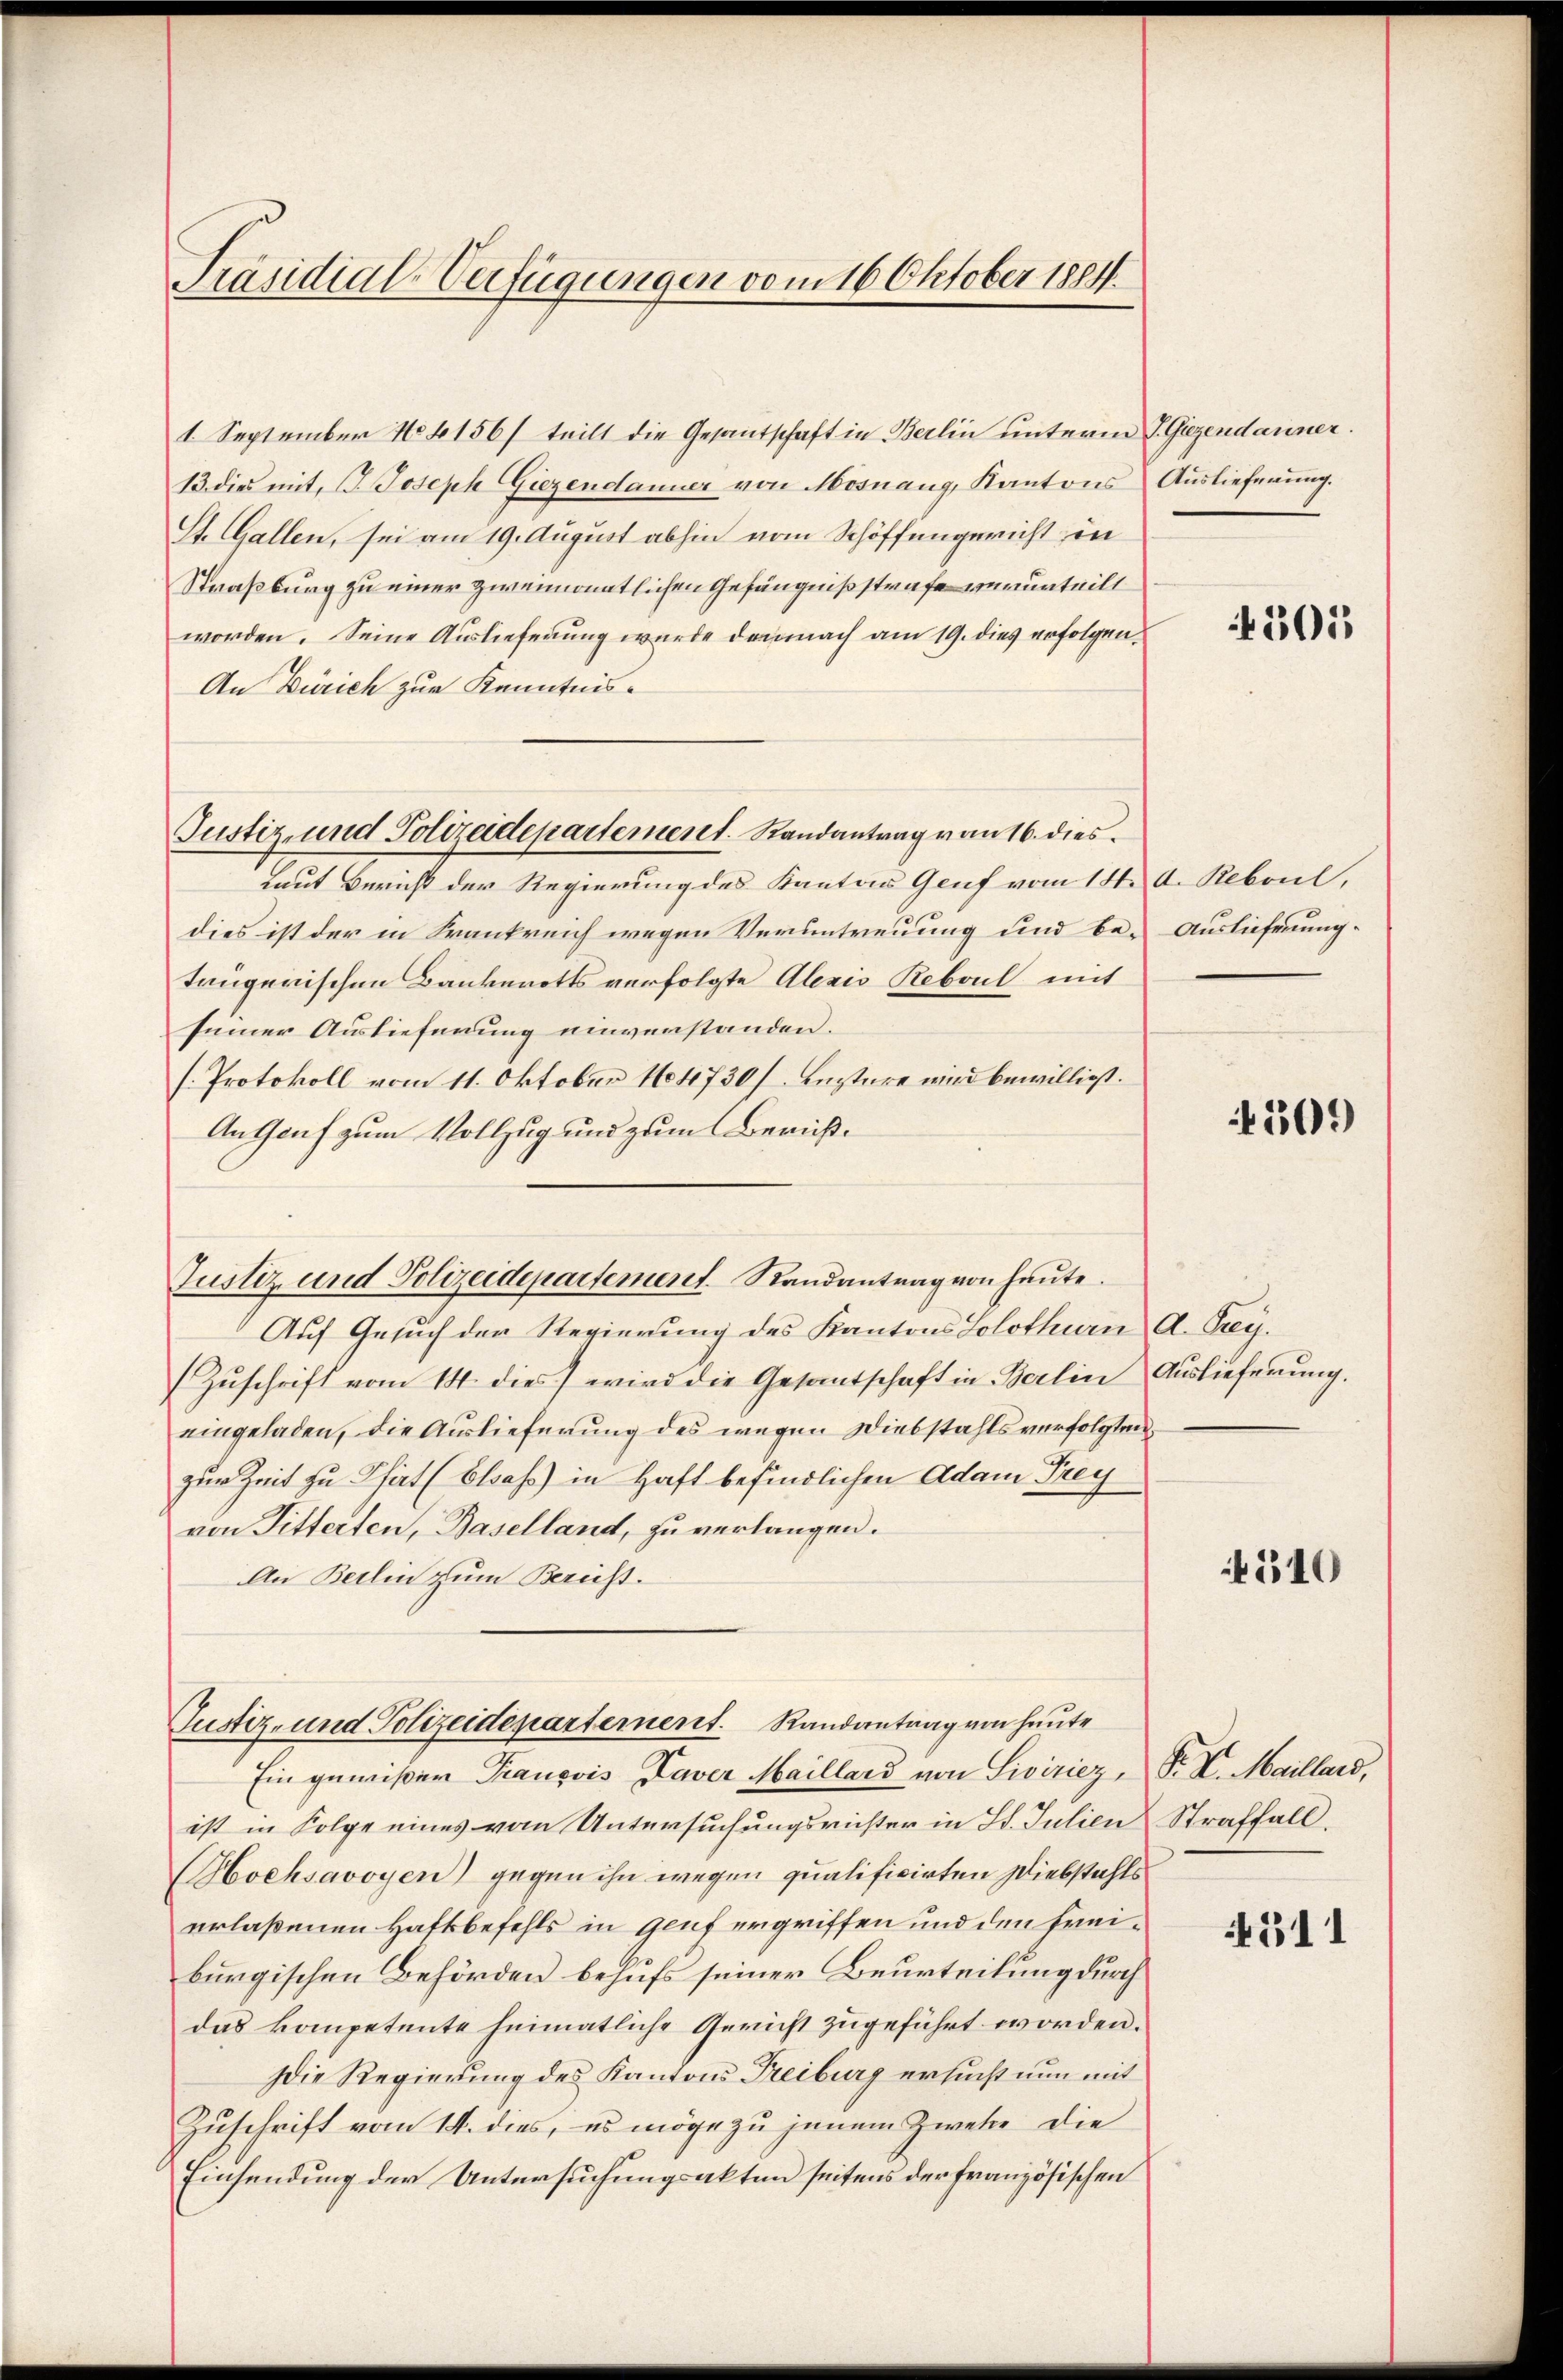
Präsidial-Verfügungen vom 16. Oktober 1884.

1. September No 1156/ teilt die Gesantschaft in Berlin unterm V. Giezendauner
13. dies mit, G. Joseph Giezendanner von Mosnang, Kantons Auslieferung.
St. Gallen, sei am 19. August abhin vom Schöffengericht in
Straßburg zu einer zweimonatlichen Gefängnißstrafe verurteilt
worden. Seine Auslieferung wurde demnach am 19. dies erfolgen¬
An Zürich zur Kenntnis¬
Laut Bericht der Regierung des Kantons Genf vom 14.
dies ist der in Krankreich wegen Verantreuung und be- Auslieferungtrügerischen Bankerotts verfolgte Alexis Reboul mit
seiner Auslieferung einverstanden.
[Protokoll vom 11. Oktober No 4730/ Enztere wird bewilligt.
An Genf zum Vollzug und zum Bericht¬
Justiz und Polizeidepartement. Randantrag von heute.
Auf Gesuch der Regierung des Kantons Solothurn A. Peey¬
Zŭschrift vom 14. dies wird die Gesamtschaft in Berlin Auslieferung.
eingeladen, die Auslieferung des wegen Diebstahls verfolgten
zur Zeit zu That (Elsass in Haft befindlichen Adam Frey
von Fitterten, Baselland, zu verlangen.
An Berlin zum Bericht.

Justiz- und Polizeidepartement. Randantrag von 16. dies

Justiz- und Polizeidepartement. Randantrag von heute

Ein gewißer Trançois Taver Maillard von Siviziez, Fr. K. Maillard,
ist in Folge eines vom Untersuchungsrichter in St. Julien Straffall.
Hochsavoyen) gegen ihn wegen qualificirten Diebstahlserlaßenen Haftbefehls in Genf ergriffen und den Freiburgischen Behörden behufs seiner Beurteilung durch
das kompetente heimatliche Gericht zugeführt worden.
Die Regierung des Kantons Freiburg ersucht nun mit
Zuschrift vom 14. dies, es möge zu jenem Zweke die
Einsendung der Untersuchungsakten seitens der französischen

501

A. Reboul,

169)

540

311